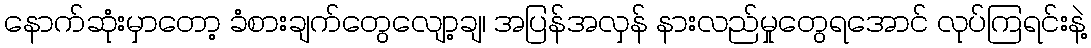
နောက်ဆုံးမှာတော့ ခံစားချက်တွေလျော့ချ၊ အပြန်အလှန် နားလည်မှုတွေရအောင် လုပ်ကြရင်းနဲ့